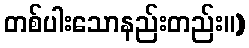
တစ်ပါးသောနည်းတည်း။)